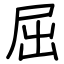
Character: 屈